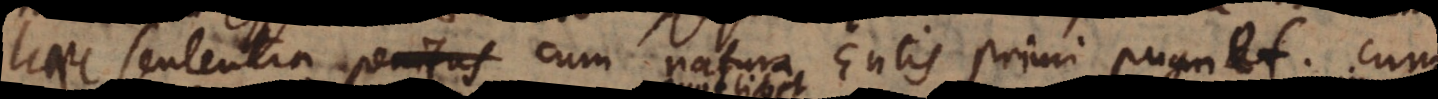
haec sententia penitus cum natura Entis primi pugnat.